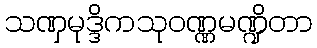
သဏှမုဒ္ဒိကသုဝဏ္ဏမဏ္ဍိတာ